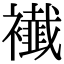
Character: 𧞬